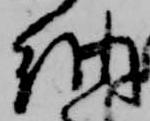
納